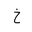
Letter: _kha